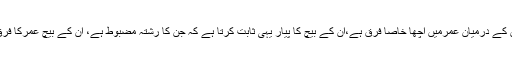
بالی ووڈ کے چند جوڑے جن کے درمیان عمرمیں اچھا خاصا فرق ہے،ان کے بیچ کا پیار یہی ثابت کرتا ہے کہ جن کا رشتہ مضبوط ہے، ان کے بیچ عمرکا فرق کوئی معنیٰ نہیں رکھتاہے۔